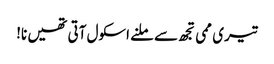
تیری ممی تجھ سے ملنے اسکول آتی تھیں نا!